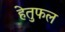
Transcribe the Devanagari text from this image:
हेतुफल